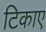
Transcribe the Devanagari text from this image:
टिकाए